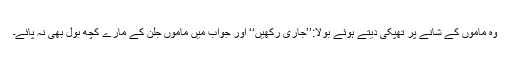
وہ ماموں کے شانے پر تھپکی دیتے ہوئے بولا:’’جاری رکھیں‘‘ اور جواب میں ماموں جلن کے مارے کچھ بول بھی نہ پائے۔